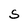
Character: S